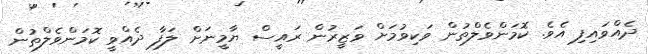
ދެއްވައިފި އެވެ. ކޮމަންވެލްތުން ވަކިވުމަށް ވަޒީރުން ރައީސް ޔާމީނަށް ލަފާ ދެއްވީ ކޮމަންވެލްތުން